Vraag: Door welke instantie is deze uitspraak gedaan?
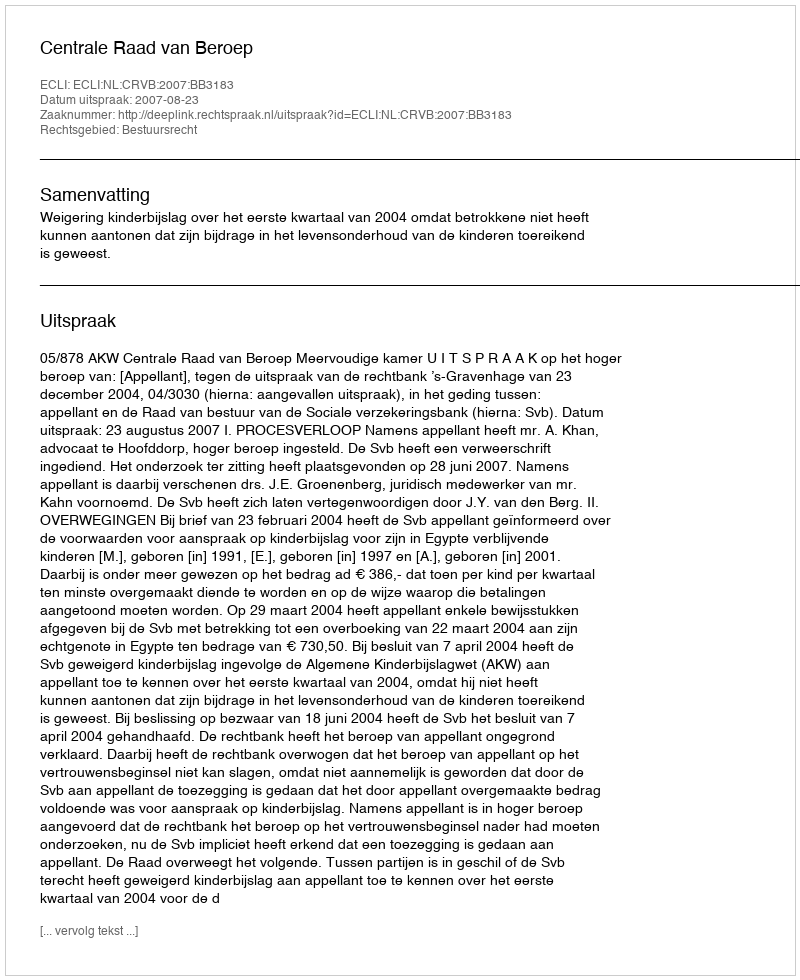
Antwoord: Centrale Raad van Beroep